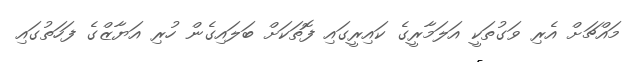
މައްޗަށް އެރި ވަގުތަކީ އަލަމާރީގެ ކައިރީގައި ފޮތަކަށް ބަލައިގެން ހުރި އަޔާޒްގެ ފަހަތުގައި